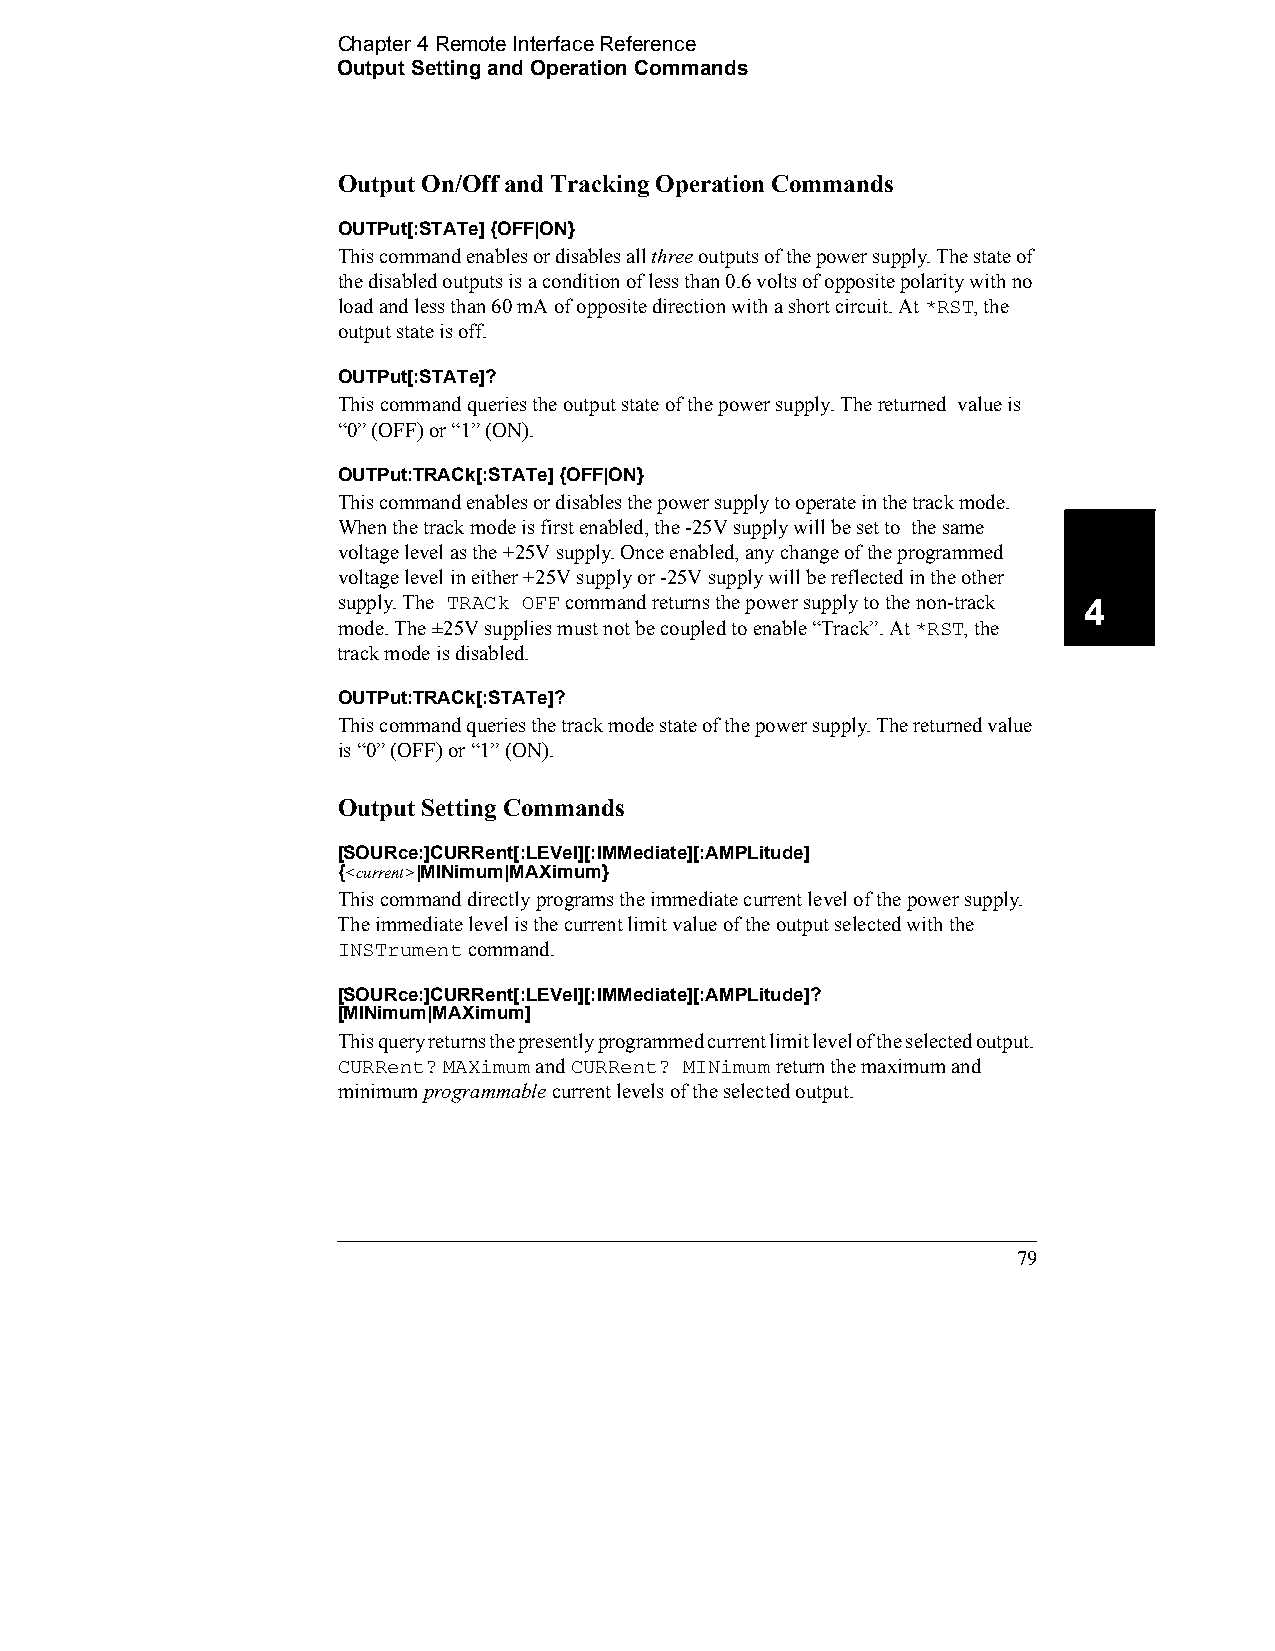
Chapter 4 Remote Interface Reference
 Output Setting and Operation Commands
 Output On/Off and Tracking Operation Commands
 OUTPut[:STATe] {OFF|ON}
 This command enables or disables all three outputs of the power supply. The state of
 the disabled outputs is a condition of less than 0.6 volts of opposite polarity with no
 load and less than 60 mA of opposite direction with a short circuit. At *RST, the
 output state is off.
 OUTPut[:STATe]?
 This command queries the output state of the power supply. The returned value is
 “0” (OFF) or “1” (ON).
 OUTPut:TRACk[:STATe] {OFF|ON}
 This command enables or disables the power supply to operate in the track mode.
 When the track mode is first enabled, the -25V supply will be set to the same
 voltage level as the +25V supply. Once enabled, any change of the programmed
 voltage level in either +25V supply or -25V supply will be reflected in the other
 supply. The TRACk OFF command returns the power supply to the non-track 4
 mode. The ±25V supplies must not be coupled to enable “Track”. At *RST, the
 track mode is disabled.
 OUTPut:TRACk[:STATe]?
 This command queries the track mode state of the power supply. The returned value
 is “0” (OFF) or “1” (ON).
 Output Setting Commands
 [SOURce:]CURRent[:LEVel][:IMMediate][:AMPLitude] 
 {<current>|MINimum|MAXimum}
 This command directly programs the immediate current level of the power supply.
 The immediate level is the current limit value of the output selected with the
 INSTrument command.
 [SOURce:]CURRent[:LEVel][:IMMediate][:AMPLitude]?
 [MINimum|MAXimum]
 This query returns the presently programmed current limit level of the selected output.
 CURRent? MAXimum and CURRent? MINimum return the maximum and
 minimum programmable current levels of the selected output.
 79